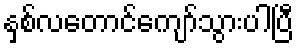
နှစ်လတောင်ကျော်သွားပါပြီ